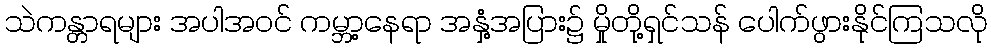
သဲကန္တာရများ အပါအဝင် ကမ္ဘာ့နေရာ အနှံ့အပြား၌ မှိုတို့ရှင်သန် ပေါက်ဖွားနိုင်ကြသလို